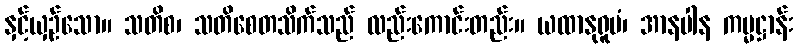
နှင့်ယှဉ်သော။ သတိစ၊ သတိစေတသိက်သည် လည်းကောင်းတည်း။ ယထာနုရူပံ၊ အာနပါန ကမ္မဋ္ဌာန်း